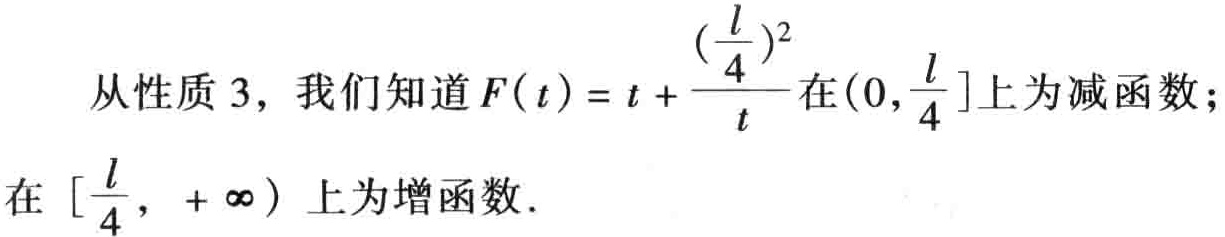
从性质 3，我们知道\(F(t)=t+\frac{(\frac{l}{4})^{2}}{t}\)在\((0,\frac{l}{4}]\)上为减函数；在\([\frac{l}{4}, +\infty)\)上为增函数．